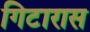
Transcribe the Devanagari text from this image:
गिटारास